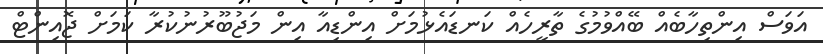
އަވަސް އިންތިހާބެއް ބޭއްވުމުގެ ތާރީހެއް ކަނޑައެޅުމަށް އިންޑިއާ އިން މަޖުބޫރުނުކުރާ ކަމަށް ޖޮއިންޓް